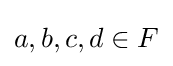
a,b,c,d\in F